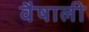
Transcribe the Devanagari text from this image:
वैषाली